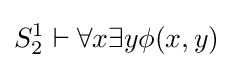
S_{2}^{1}\vdash \forall x\exists y\phi (x,y)